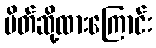
ပိတ်ဆို့ထားကြောင်း